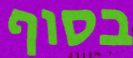
בסוף